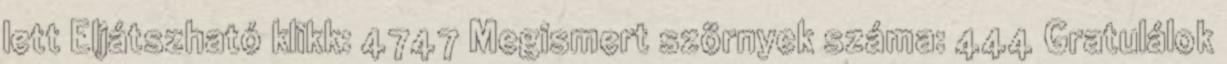
lett Eljátszható klikk: 4747 Megismert szörnyek száma: 444 Gratulálok